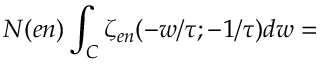
{ \cal N } ( e n ) \int _ { C } \zeta _ { e n } ( - w / \tau ; - 1 / \tau ) d w =